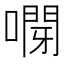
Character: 𠽫